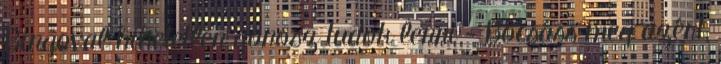
Bingoval hihetetlen gonosz tudok lenni - Bocsáss meg azért,